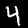
Digit: 4